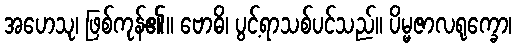
အဟေသု၊ ဖြစ်ကုန်၏။ ဗောဓိ၊ ပွင့်ရာသစ်ပင်သည်။ ပိမ္မဇာလရုက္ခော၊